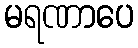
မရဏာပေ